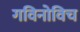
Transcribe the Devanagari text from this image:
गविनोविच